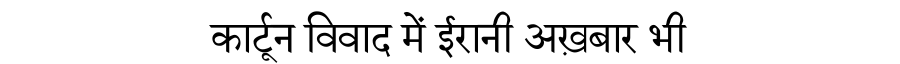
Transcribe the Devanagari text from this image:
कार्टून विवाद में ईरानी अख़बार भी